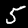
Label: 5